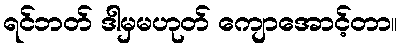
ရင်ဘတ် ဒါမှမဟုတ် ကျောအောင့်တာ။